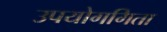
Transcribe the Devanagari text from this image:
उपयोगगिता